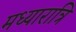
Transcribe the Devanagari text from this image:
मध्यारात्रि